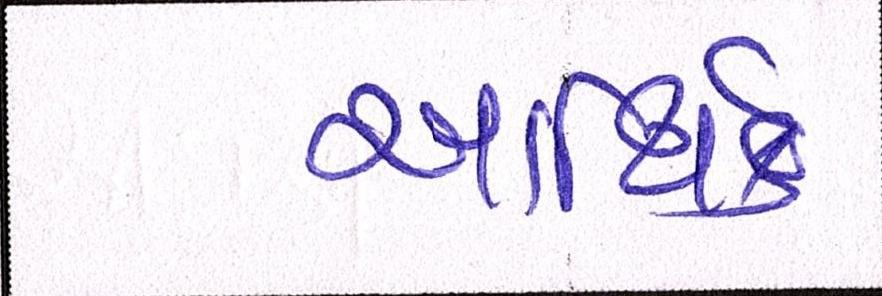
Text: આર્થિક